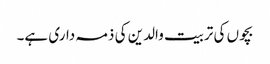
بچوں کی تربیت والدین کی ذمہ داری ہے۔